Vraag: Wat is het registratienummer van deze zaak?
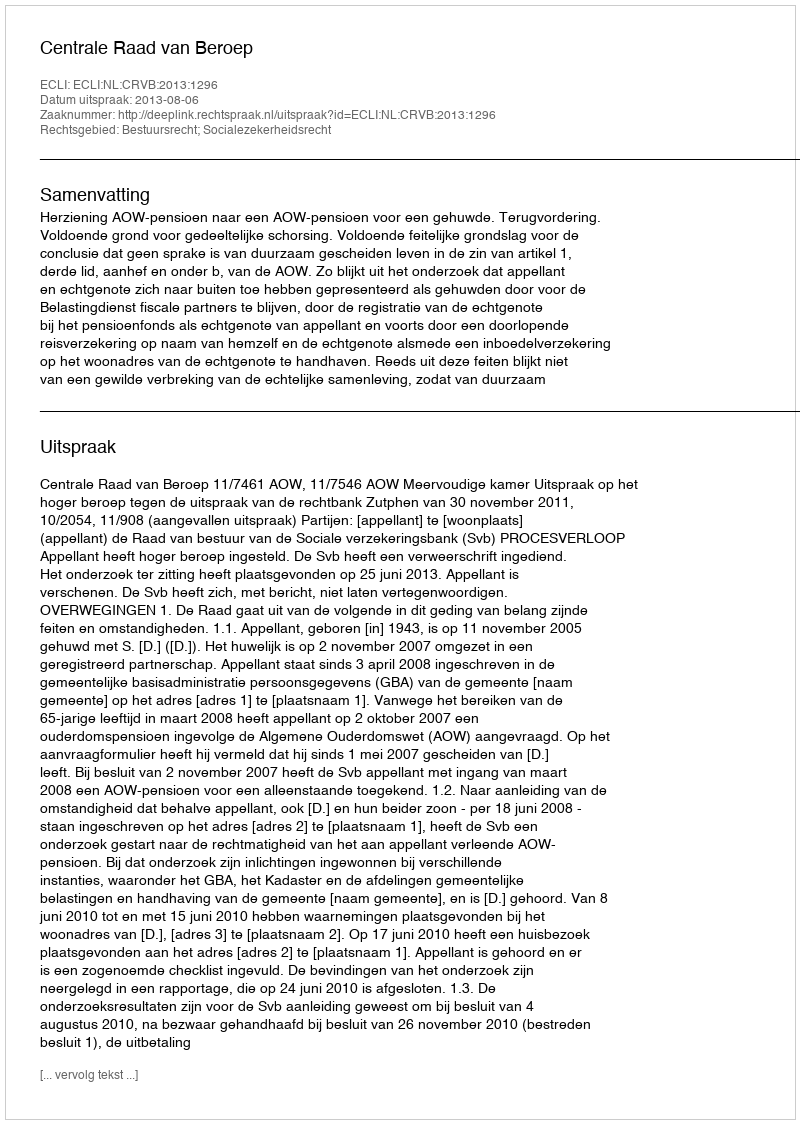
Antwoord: http://deeplink.rechtspraak.nl/uitspraak?id=ECLI:NL:CRVB:2013:1296